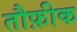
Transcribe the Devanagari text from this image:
तौफ़ीक